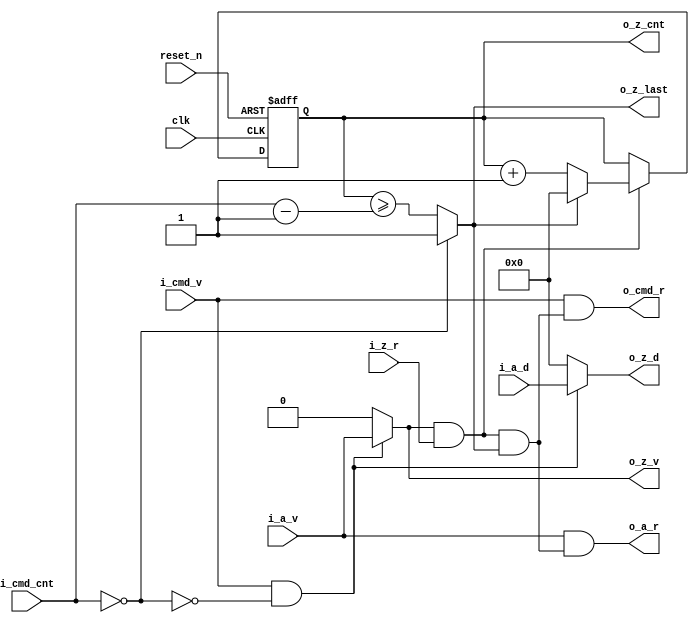
//------------------------------------------------------------------------------
//  http://github.com/gulakim/cory
//  
//------------------------------------------------------------------------------
`ifndef CORY_REPEAT
    `define CORY_REPEAT

//------------------------------------------------------------------------------
//  repeat a _cnt times to create z
//------------------------------------------------------------------------------
module cory_repeat # (
    parameter   N   = 8,
    parameter   W   = 8
) (
    input           clk,

    input           i_cmd_v,
    input   [W-1:0] i_cmd_cnt,                  // 1 for 1, 0 for 0
    output          o_cmd_r,

    input           i_a_v,
    input   [N-1:0] i_a_d,
    output          o_a_r,

    output          o_z_v,
    output  [N-1:0] o_z_d,
    output          o_z_last,                   // last
    output  [W-1:0] o_z_cnt,
    input           i_z_r,

    input           reset_n

);

//------------------------------------------------------------------------------
wire            cmd_cnt_zero    = i_cmd_cnt == 0;

reg     [W-1:0] cnt;
wire            cnt_last        = cmd_cnt_zero ? 1'b1 : 
                                                 cnt >= i_cmd_cnt - 1'b1;

always @ (posedge clk or negedge reset_n)
    if (!reset_n)
        cnt <= 0;
    else if (o_z_v & i_z_r) begin
        if (cnt_last)
            cnt <= 0;
        else
            cnt <= cnt + 1;
    end

//------------------------------------------------------------------------------
assign  o_z_v       = i_cmd_v & (!cmd_cnt_zero) ? i_a_v : 1'b0;
assign  o_z_d       = i_cmd_v & (!cmd_cnt_zero) ? i_a_d : {N{1'b0}};
assign  o_z_last    = cnt_last;
assign  o_z_cnt     = cnt;

wire    done        = o_z_v & i_z_r & cnt_last;

assign  o_cmd_r     = i_cmd_v & done;
assign  o_a_r       = i_a_v & done;

//------------------------------------------------------------------------------
`ifdef  SIM
    cory_monitor #(.N(N)) u_mon_z (
        .clk            (clk),
        .i_v            (o_z_v),
        .i_d            (o_z_d),
        .i_r            (i_z_r),
        .reset_n        (reset_n)
    );

    always @(posedge clk or negedge reset_n)
        if (i_cmd_v & i_cmd_cnt == 0) begin
            $display ("ERROR:%m: cmd_cnt == 0, are you intended to repeat no time ? @ %t", $time);
            $finish;
        end
`endif
endmodule


`endif